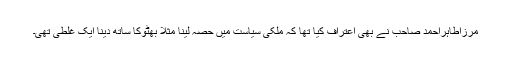
مرزاطاہراحمد صاحب نے بھی اعتراف کیا تھا کہ ملکی سیاست میں حصہ لینا مثلاً بھٹوکا ساتھ دینا ایک غلطی تھی۔